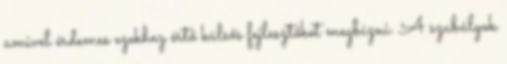
amivel érdemes ezekhez értő külsős fejlesztőket megbízni. A szabályok